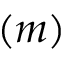
( m )